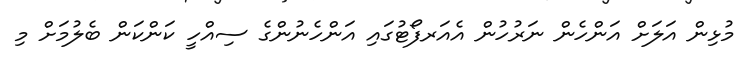
މުޅިން އަލަށް އަންހެން ނަރުހުން އެއަރފޯޓުގައި އަންހެނުންގެ ސިއްހީ ކަންކަން ބެލުމަށް މި